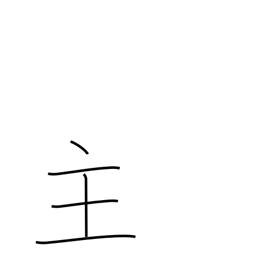
Meaning: main thing